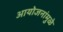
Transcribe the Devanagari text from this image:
आयोजनांमुळे